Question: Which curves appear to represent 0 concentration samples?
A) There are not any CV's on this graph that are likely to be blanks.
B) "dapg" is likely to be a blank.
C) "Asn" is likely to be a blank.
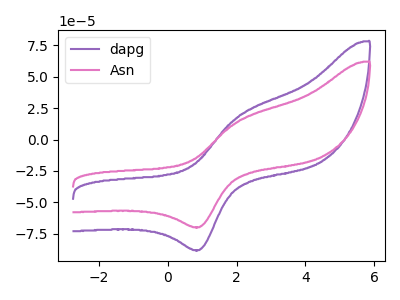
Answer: <think>The purple curve "dapg" has an anodic peak at (2.05V, 17.95uA) and a cathodic peak at (0.90V, -87.95uA). The pink curve "Asn" has an anodic peak at (2.05V, 14.25uA) and a cathodic peak at (0.90V, -69.80uA).</think>
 <answer>A) There are not any CV's on this graph that are likely to be blanks.</answer>
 <eval>A</eval>